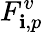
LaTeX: F_{\mathbf{i},p}^{v}